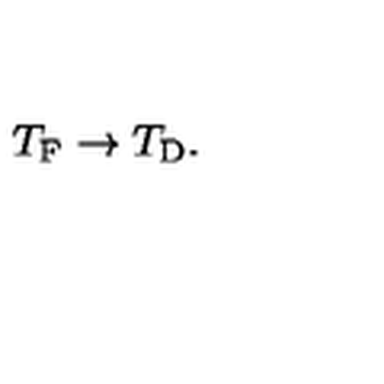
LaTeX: T _ { \mathrm { F } } \rightarrow T _ { \mathrm { D } } .